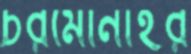
চরমোনাইর